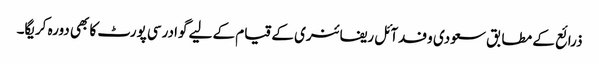
ذرائع کے مطابق سعودی وفدآئل ریفائنری کے قیام کے لیے گوادرسی پورٹ کا بھی دورہ کریگا۔